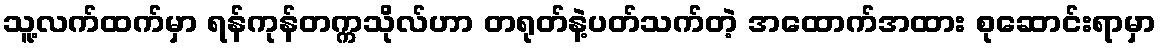
သူ့လက်ထက်မှာ ရန်ကုန်တက္ကသိုလ်ဟာ တရုတ်နဲ့ပတ်သက်တဲ့ အထောက်အထား စုဆောင်းရာမှာ